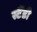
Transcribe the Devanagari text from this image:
स्टैंडी